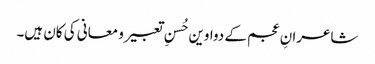
شاعرانِ عجم کے دواوین حُسنِ تعبیر و معانی کی کان ہیں۔